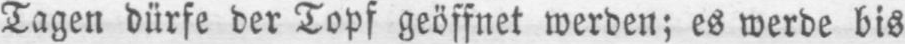
Tagen dürfe der Topf geöffnet werden; es werde bis